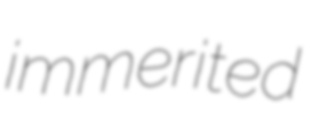
immerited